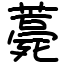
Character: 薧